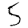
Digit: 5